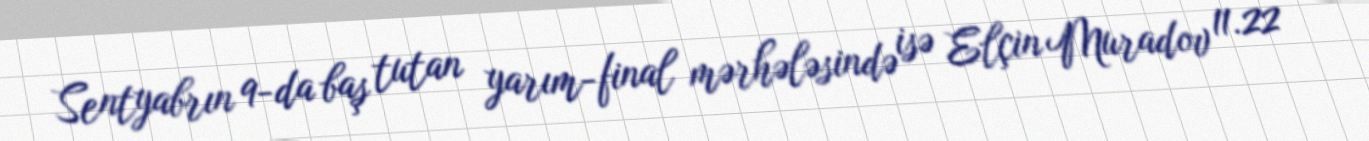
Sentyabrın 9-da baş tutan yarım-final mərhələsində isə Elçin Muradov 11.22